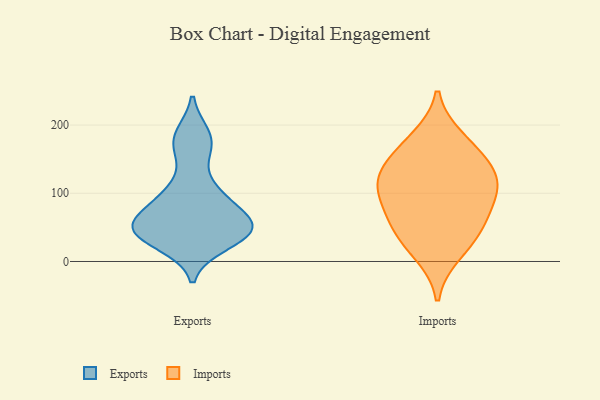
{"axis": {"x": "Population (Million)", "y": "Value"}, "legend": ["Exports", "Imports"], "data": [{"x": "", "y": 185, "type": "Exports"}, {"x": "", "y": 60, "type": "Exports"}, {"x": "", "y": 50, "type": "Exports"}, {"x": "", "y": 94, "type": "Exports"}, {"x": "", "y": 166, "type": "Exports"}, {"x": "", "y": 26, "type": "Exports"}, {"x": "", "y": 53, "type": "Exports"}, {"x": "", "y": 44, "type": "Exports"}, {"x": "", "y": 44, "type": "Exports"}, {"x": "", "y": 101, "type": "Exports"}, {"x": "", "y": 42, "type": "Imports"}, {"x": "", "y": 131, "type": "Imports"}, {"x": "", "y": 46, "type": "Imports"}, {"x": "", "y": 180, "type": "Imports"}, {"x": "", "y": 89, "type": "Imports"}, {"x": "", "y": 72, "type": "Imports"}, {"x": "", "y": 133, "type": "Imports"}, {"x": "", "y": 12, "type": "Imports"}, {"x": "", "y": 111, "type": "Imports"}, {"x": "", "y": 112, "type": "Imports"}, {"x": "", "y": 164, "type": "Imports"}]}